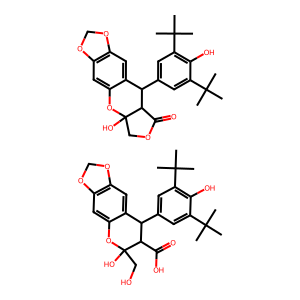
SMILES: CC(C)(C)c1cc(C2c3cc4c(cc3OC(O)(CO)C2C(=O)O)OCO4)cc(C(C)(C)C)c1O.CC(C)(C)c1cc(C2c3cc4c(cc3OC3(O)COC(=O)C23)OCO4)cc(C(C)(C)C)c1O
Inhibits HIV replication: No